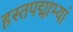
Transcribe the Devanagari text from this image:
हस्तपद्माभ्यां